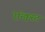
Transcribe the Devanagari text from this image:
रेन्क्विस्ट